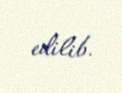
edilib.